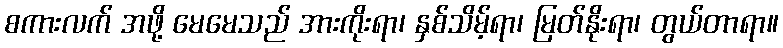
စကားလက် အဖို့ မေမေသည် အားကိုးရာ၊ နှစ်သိမ့်ရာ၊ မြတ်နိုးရာ၊ တွယ်တာရာ။